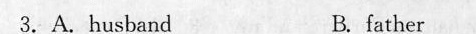
3,A. Hushnnd B fash